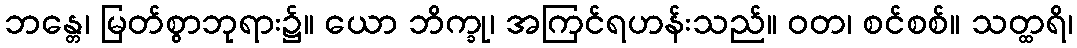
ဘန္တေ၊ မြတ်စွာဘုရား၌။ ယော ဘိက္ခု၊ အကြင်ရဟန်းသည်။ ဝတ၊ စင်စစ်။ သတ္ထရိ၊